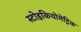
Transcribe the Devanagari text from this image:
स्टोइकियोमेट्रिक